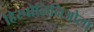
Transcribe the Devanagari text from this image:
हिस्पोलिनिओला